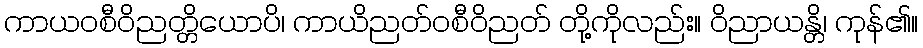
ကာယဝစီဝိညတ္တိယောပိ၊ ကာယိညတ်ဝစီဝိညတ် တို့ကိုလည်း။ ဝိညာယန္တိ၊ ကုန်၏။